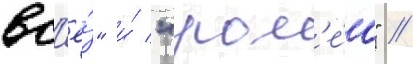
вс'ё́" и́ "ром'е́о" //